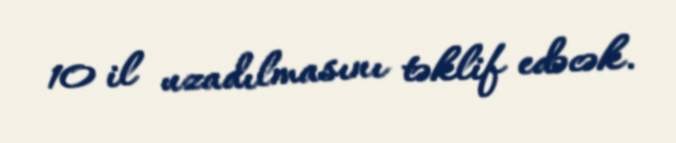
10 il uzadılmasını təklif edəcək.